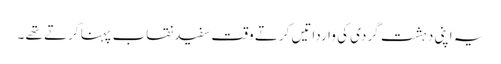
یہ اپنی دہشت گردی کی وارداتیں کرتے وقت سفید نقاب پہنا کرتے تھے ۔